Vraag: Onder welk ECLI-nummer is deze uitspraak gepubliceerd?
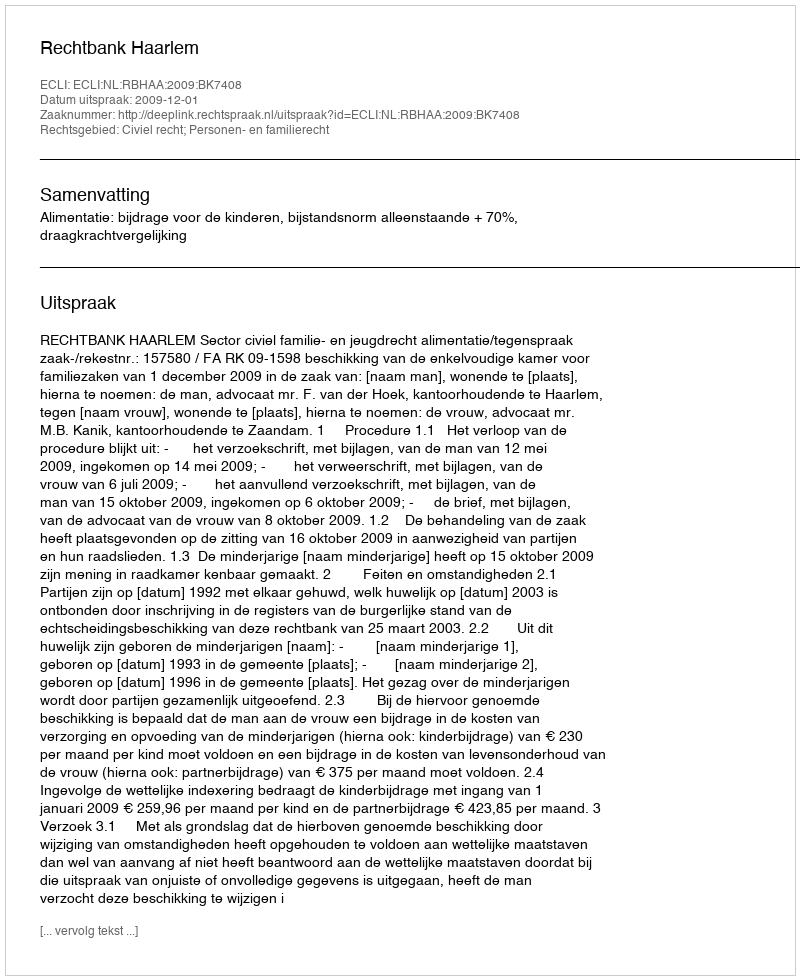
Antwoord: ECLI:NL:RBHAA:2009:BK7408